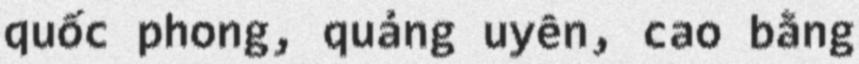
quốc phong, quảng uyên, cao bằng